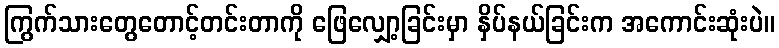
ကြွက်သားတွေတောင့်တင်းတာကို ဖြေလျှော့ခြင်းမှာ နှိပ်နယ်ခြင်းက အကောင်းဆုံးပဲ။